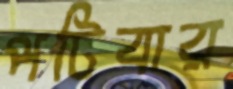
পটিবার